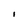
Character: l